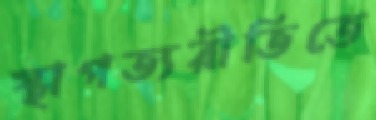
স্থাপত্যরীতিতে